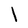
Character: I